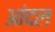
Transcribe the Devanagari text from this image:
आंदल